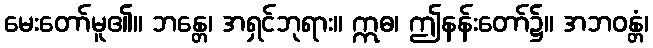
မေးတော်မူ၏။ ဘန္တေ၊ အရှင်ဘုရား။ ဣဓ၊ ဤနန်းတော်၌။ အဘဝန္တံ၊